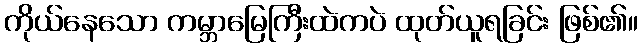
ကိုယ်နေသော ကမ္ဘာမြေကြီးထဲကပဲ ထုတ်ယူရခြင်း ဖြစ်၏။